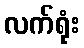
လက်ရုံး